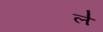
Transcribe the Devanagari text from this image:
ल॑